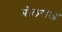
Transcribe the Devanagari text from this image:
प्रोलराज